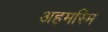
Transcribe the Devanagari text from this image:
अहमस्मि